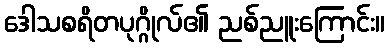
ဒေါသစရိတပုဂ္ဂိုလ်၏ ညစ်ညူးကြောင်း။